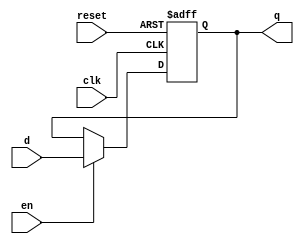
module D_FF(
	input wire clk, reset, en, //en: enable 
	input wire d,
	output reg q
	
);

always @(posedge clk, posedge reset)
begin
	if (reset ==1)
		q<=0;
	else if (en==1)
		q<=d;
end
endmodule